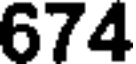
674